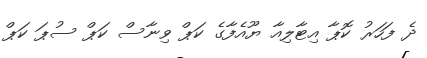
ދެ ފަހަރު ކޮޕާ އިޓާލިއާ ޔޫއެފާގެ ކަޕް ވިނާސް ކަޕް ސުޕަ ކަޕް